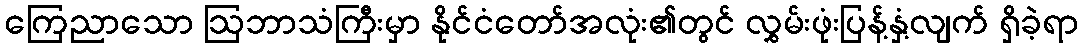
ကြေညာသော ဩဘာသံကြီးမှာ နိုင်ငံတော်အလုံး၏တွင် လွှမ်းဖုံးပြန့်နှံ့လျက် ရှိခဲ့ရာ